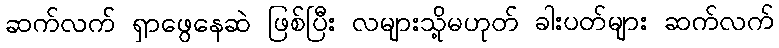
ဆက်လက် ရှာဖွေနေဆဲ ဖြစ်ပြီး လများသို့မဟုတ် ခါးပတ်များ ဆက်လက်